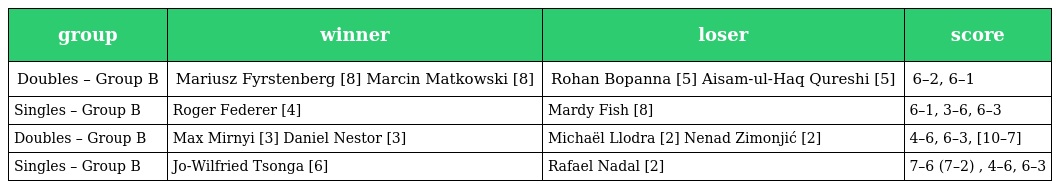
| group | winner | loser | score |
 | --- | --- | --- | --- |
 | Doubles – Group B | Mariusz Fyrstenberg [8] Marcin Matkowski [8] | Rohan Bopanna [5] Aisam-ul-Haq Qureshi [5] | 6–2, 6–1 |
 | Singles – Group B | Roger Federer [4] | Mardy Fish [8] | 6–1, 3–6, 6–3 |
 | Doubles – Group B | Max Mirnyi [3] Daniel Nestor [3] | Michaël Llodra [2] Nenad Zimonjić [2] | 4–6, 6–3, [10–7] |
 | Singles – Group B | Jo-Wilfried Tsonga [6] | Rafael Nadal [2] | 7–6 (7–2) , 4–6, 6–3 |